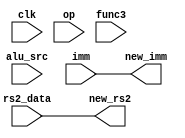
module Shift_check(
	input clk,
	input [31:0]rs2_data,
	input [31:0]imm,
	input alu_src,
	input [6:0]op,
	input [2:0]func3,
	output reg[31:0]new_rs2,
	output reg[31:0]new_imm
);
	always@*begin
		if(op==7'b0110011)begin
		// R
			if(func3==3'b001||func3==3'b101)begin
				new_rs2 = rs2_data[4:0];
				new_imm = imm;
			end else begin
				new_rs2 = rs2_data;
				new_imm = imm;
			end
		end else if(op==7'b0010011)begin
		// I
			if(func3==3'b001||func3==3'b101)begin
				new_rs2 = rs2_data;
				new_imm = {27'b0,imm[4:0]};
			end else begin
				new_rs2 = rs2_data;
				new_imm = new_imm;
			end
		end if(op==7'b1100111)begin
			new_rs2 = rs2_data;
			new_imm = imm;		
		end else begin
			new_rs2 = rs2_data;
			new_imm = imm;
		end
	end
endmodule